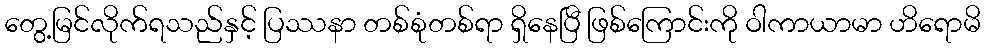
တွေ့မြင်လိုက်ရသည်နှင့် ပြဿနာ တစ်စုံတစ်ရာ ရှိနေပြီ ဖြစ်ကြောင်းကို ဝါကာယာမာ ဟိရောမိ